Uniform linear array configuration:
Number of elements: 32
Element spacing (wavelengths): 0.5
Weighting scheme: uniform
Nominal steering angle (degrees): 60
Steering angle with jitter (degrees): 58.196
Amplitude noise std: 0.05
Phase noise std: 0.05

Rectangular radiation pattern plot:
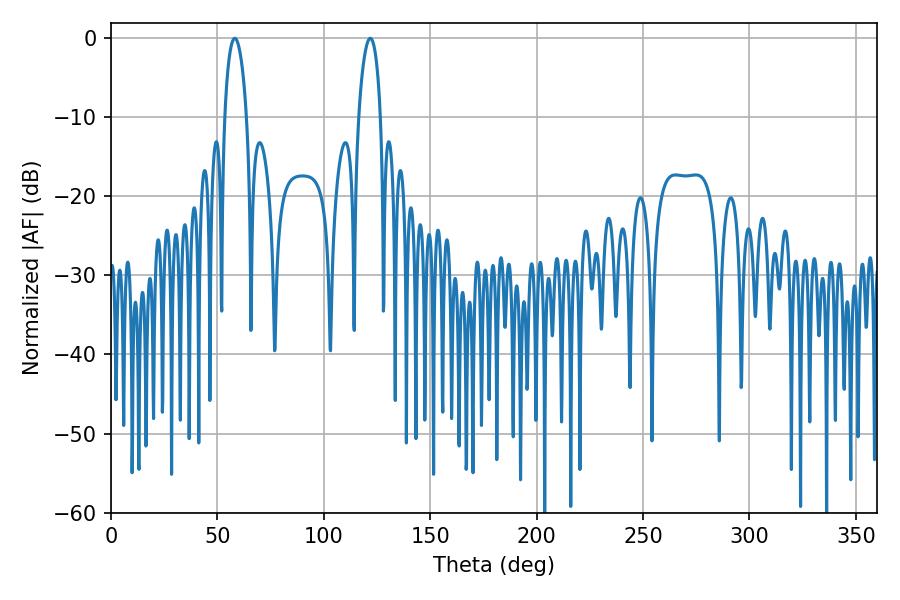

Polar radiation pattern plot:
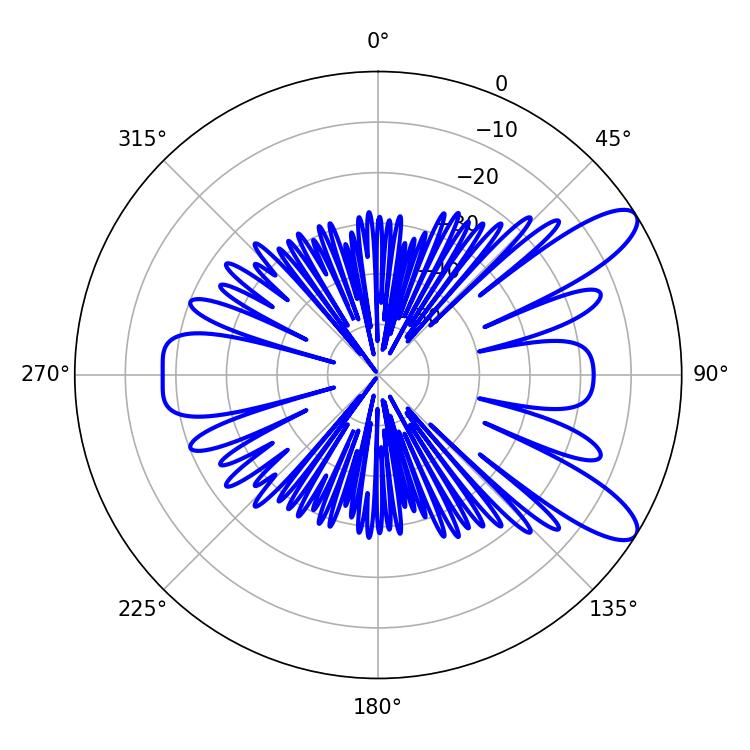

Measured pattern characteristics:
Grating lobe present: FALSE
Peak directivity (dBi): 10.17
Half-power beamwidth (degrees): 5.76
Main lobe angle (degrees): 58.14